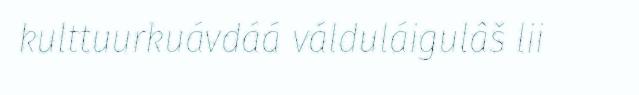
kulttuurkuávdáá válduláigulâš lii